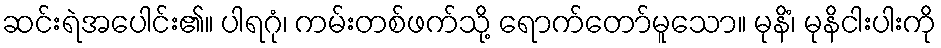
ဆင်းရဲအပေါင်း၏။ ပါရဂုံ၊ ကမ်းတစ်ဖက်သို့ ရောက်တော်မူသော။ မုနိံ၊ မုနိငါးပါးကို